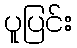
ပူပြင်း